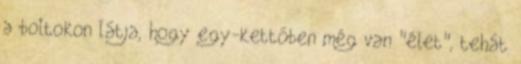
a boltokon látja, hogy egy-kettőben még van "élet", tehát